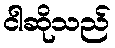
ငါဆိုသည်